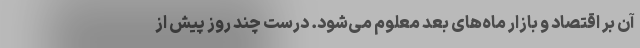
آن بر اقتصاد و بازار ماه‌های بعد معلوم می‌شود. درست چند روز پیش از